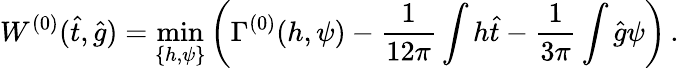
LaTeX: W^{(0)}(\hat{t},\hat{g})=\operatorname*{min}_{\{ h,\psi\} }\left(\Gamma^{(0)}(h,\psi)-\frac{1}{12\pi}\int h\hat{t}-\frac{1}{3\pi}\int\hat{g}\psi\right)\, .